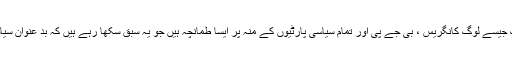
اگر انعام دینا ہو تو ایسے لوگوں کو ایسے نوجوانوں کو دینا چاہئے،آرم اسٹرانگ جیسے لوگ کانگریس ، بی جے پی اور تمام سیاسی پارٹیوں کے منہ پر ایسا طمانچہ ہیں جو یہ سبق سکھا رہے ہیں کہ بد عنوان سیاسی پارٹیوں کے بد عنوان لیڈراس ملک کی ترقی کے لئے کچھ نہیں کریں گے۔